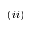
( \romannumeral 2 )